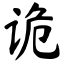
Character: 诡